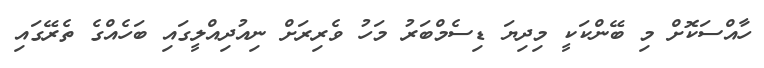
ހާއްސަކޮށް މި ބޭންކަކީ މިދިޔަ ޑިސެމްބަރު މަހު ވެރިރަށް ނިއުދިއްލީގައި ބަހެއްގެ ތެރޭގައި